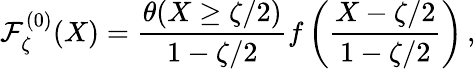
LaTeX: {\cal F}_{\zeta}^{(0)}(X)=\frac{\theta(X\geq\zeta/2)}{1-\zeta/2}f\left(\frac{X-\zeta/2}{1-\zeta/2}\right)\, ,